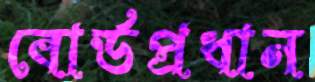
বোর্ডপ্রধান